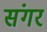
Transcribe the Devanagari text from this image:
संगर